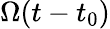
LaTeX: \Omega(t-t_{0})